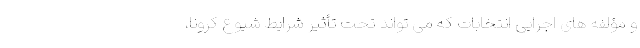
و مؤلفه های اجرایی انتخابات که می تواند تحت تأثیر شرایط شیوع کرونا،